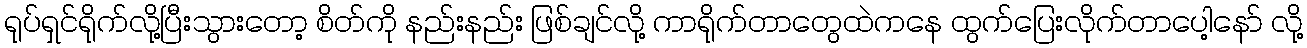
ရုပ်ရှင်ရိုက်လို့ပြီးသွားတော့ စိတ်ကို နည်းနည်း ဖြစ်ချင်လို့ ကာရိုက်တာတွေထဲကနေ ထွက်ပြေးလိုက်တာပေါ့နော် လို့